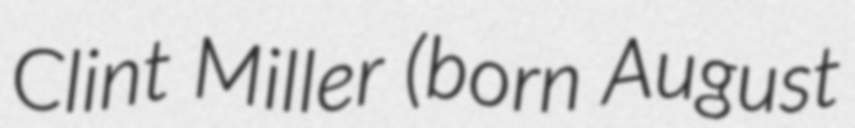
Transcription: Clint Miller (born August